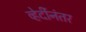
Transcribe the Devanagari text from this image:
व्हेर्दीनंतर